Leaving Certificate Examination (including Day School Certificate (Higher) General paper), 1933
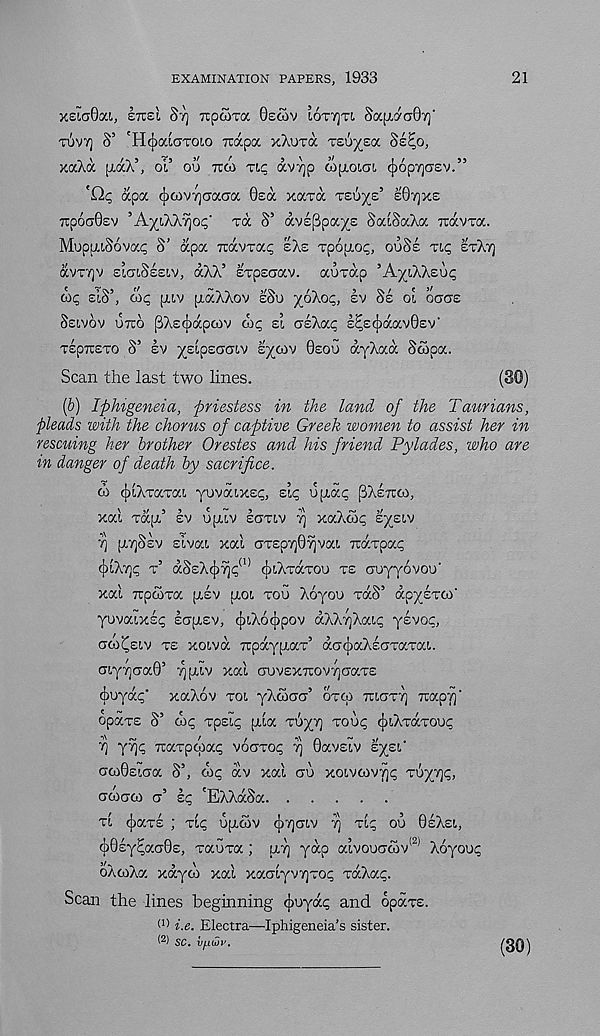
EXAMINATION PAPERS, 1933
21
'/.eiaQy.i, lirsi Srj rcpcora Gecov LOTTJTI SapJaG'/;'
TUVT] S’ 'HcJjaioxoLO Trapa xXuxa 'zz's/za. 8eEo,
xaXa ptaX’, oi 5 ou TTW Tip av^p wpioiai cJjoprjaev.”
'Op apa <|xDV7](Tacra Qeoc xocroc TSU^S’ eOvjxe
TtpoaGev ’A^iXX^op' xa S’ avEPpa^e SaiSaXa mxvxa.
MupaiSovap S’ apa Travxap eXs xpopiop, OUSE xip EXXTJ
avx7]v EICTISEEIV, aXX’ Expsuav. auxap ’A^IXXEUP
a)p EIS’, wp [xiv fxaXXov ESO x^Xop, EV SE oi ocas
SEIVOV UTCO pXs^apcov wp si orsXap E^E^aavGsv’
xspTiExo S’ EV ^sipsaaiv sx^v GEOG dyXaa Scopa.
Scan the last two lines.
(80)
(b) Iphigeneia, priestess in the land of the Taurians,
pleads with the chorus of captive Greek women to assist her in
rescuing her brother Orestes and his friend Pylades, who are
in danger of death by sacrifice.
cl) cjxXTaxai Y uvoax£ G> sip opidp ^XETUCO,
xai xdjx’ EV u[xiv laxiv ■ >) xaXcop E^EIV
r\ fxvjSsv sivai xai oxEp7]G?)vai Ttdxpap
cjxXyjp x’ dSEX^7jp (1) <^iXxdxou xs auyyovou -
xai xpcoxa (XEV IXOI xou Xoyoo xdS’ apycxco'
yovaixsp lapisv, c})iX6cj)pov dXXyXaip ysvop,
aco^eiv XE xoivd Tcpdypiax’ dxcpaXsaxaxai.
aiyyaaQ’ ^piiv xai auvEXTCovycaxE
ffiuydp" xaXov xoi yXcaacr’ oxco TUICXT] rcapy -
opaxs S’ cop xpsip [xia XS^T] xoup cjjiXxdxoup
rj yyp TOxxpcpap vocrxop 7) Gavsiv syEi'
crcoGsica S’, wp dv xai au xoivcov7]p xuyxp,
GMCTO) CT’ sp 'EXXdSa
xi (jjaxs ; Tip upicov (|)7]CTIV Y] Tip ou GEXEI,
cpGEy^aaQe, xauxa ; IXT] yap aivouGcov 12 ' Xoyoup
oXooXa xdya) xai xaaiyvTjxop xdXap.
Scan the lines beginning <j)uydp and opaxs.
(1) he. Electra—Iphigeneia’s sister.
W SC. VfiQv.
(30)